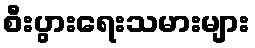
စီးပွားရေးသမားများ